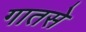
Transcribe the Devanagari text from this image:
गातसे